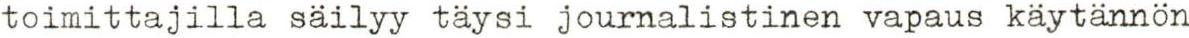
toimittajilla säilyy täysi journalistinen vapaus käytännön